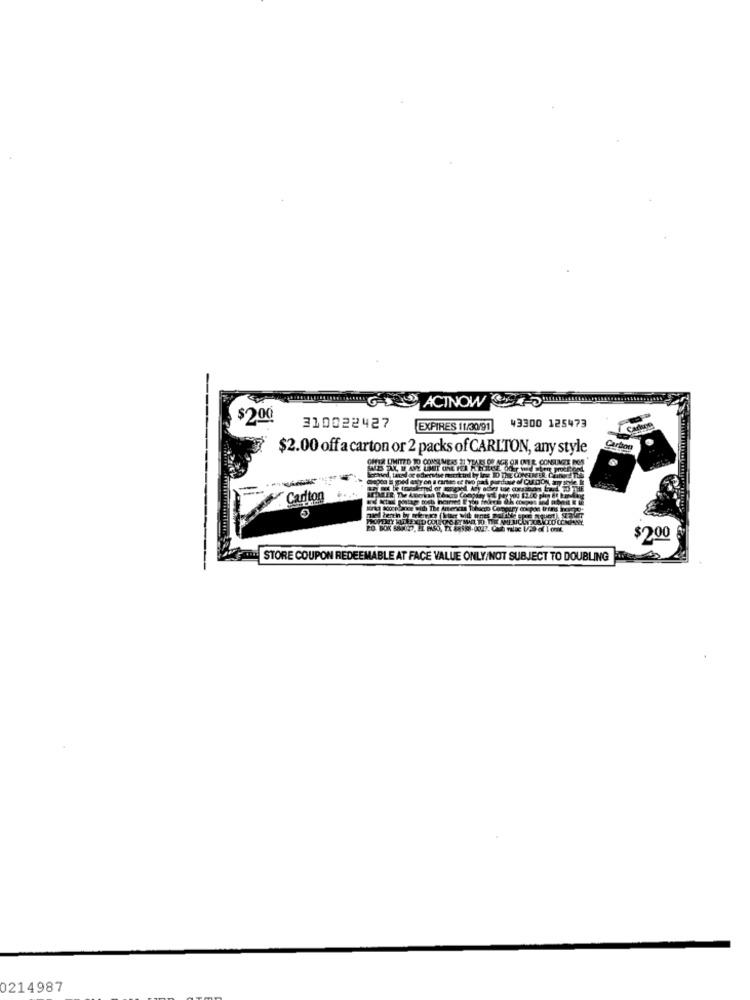
$200
310022427
EXPIRES 11/30/91
43300 125473
$2.00 off a carton or 2 packs of CARLTON, any style
Carton
OHI UMITED TO CONSUMERS 21 YEARS OF AGE ON ONEE CONSUMZE BO
Cadton
$2,00
STORE COUPON REDEEMABLE AT FACE VALUE ONLY/NOT SUBJECT TO DOUBLING
0214987